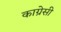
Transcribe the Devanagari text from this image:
काग्रेसी